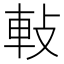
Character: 軙